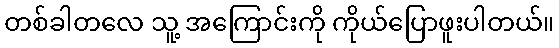
တစ်ခါတလေ သူ့ အကြောင်းကို ကိုယ်ပြောဖူးပါတယ်။